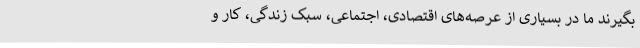
بگیرند ما در بسیاری از عرصه‌های اقتصادی، اجتماعی، سبک زندگی، کار و